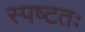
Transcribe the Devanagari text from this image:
स्पष्‍टतः